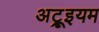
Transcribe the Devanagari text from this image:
अट्रूइयम